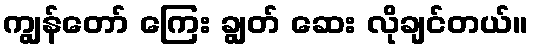
ကျွန်တော် ကြေး ချွတ် ဆေး လိုချင်တယ်။